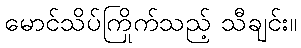
မောင်သိပ်ကြိုက်သည့် သီချင်း။